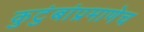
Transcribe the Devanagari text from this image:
कुटुंबांप्रमाणेच